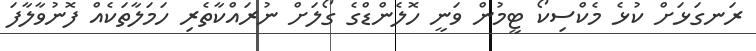
ރަނގަޅަށް ކުޅެ މެކްސިކޯ ޓީމުން ވަނީ ހޮލެންޑްގެ ގޯލަށް ނުރައްކާތެރި ހަމަލާތަކެއް ފޮނުވާލާފަ